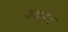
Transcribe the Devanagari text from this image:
उरापद